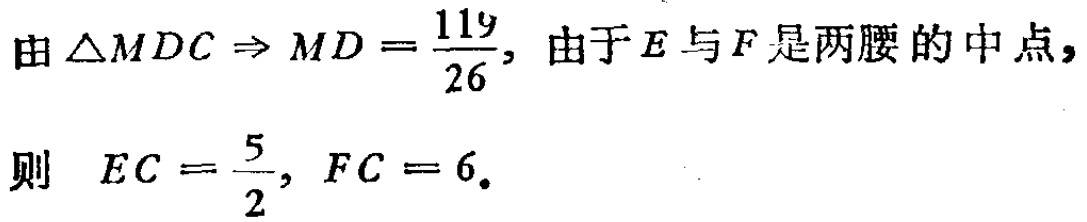
由$\triangle MDC \Rightarrow MD=\frac{119}{26}$, 由于$E$与$F$是两腰的中点,

则 $EC=\frac{5}{2}, FC = 6$.